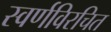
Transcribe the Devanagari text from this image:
स्वर्णविरचित